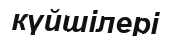
күйшілері